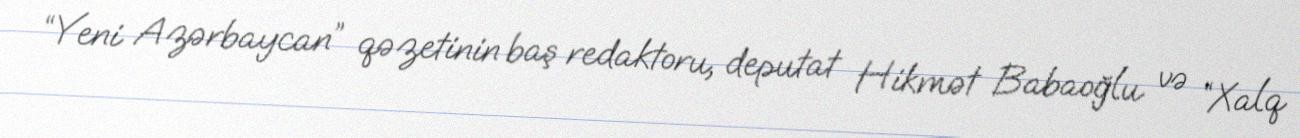
“Yeni Azərbaycan” qəzetinin baş redaktoru, deputat Hikmət Babaoğlu və “Xalq